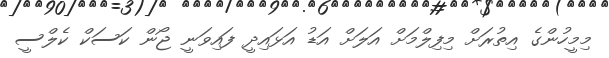
މިމީހުންގެ އިތުރަށް މިފިލްމަށް އަލަށް އަޑު އަޅައިދީ ފައިވަނީ ޖޯން ކަސަކް ކެލްސީ